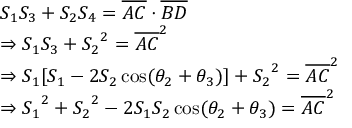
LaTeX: \begin{array} { l c l } { S _ { 1 } S _ { 3 } + S _ { 2 } S _ { 4 } = { \overline { { A C } } } \cdot { \overline { { B D } } } } \\ { \Rightarrow S _ { 1 } S _ { 3 } + { S _ { 2 } } ^ { 2 } = { \overline { { A C } } } ^ { 2 } } \\ { \Rightarrow S _ { 1 } [ S _ { 1 } - 2 S _ { 2 } \cos ( \theta _ { 2 } + \theta _ { 3 } ) ] + { S _ { 2 } } ^ { 2 } = { \overline { { A C } } } ^ { 2 } } \\ { \Rightarrow { S _ { 1 } } ^ { 2 } + { S _ { 2 } } ^ { 2 } - 2 S _ { 1 } S _ { 2 } \cos ( \theta _ { 2 } + \theta _ { 3 } ) = { \overline { { A C } } } ^ { 2 } } \end{array}